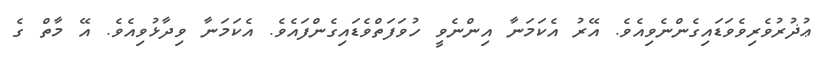
ޢުޛުރުވެރިވެވަޑައިގެންނެވިއެވެ. އޭރު އެކަމަނާ އިންނެވީ ހުވަފަތްވެޑައިގެންފައެވެ. އެކަމަނާ ވިދާޅުވިއެވެ. އޭ މާތް ގެ